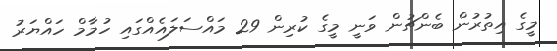
މީގެ އިތުރުން ބެންޗުން ވަނީ މީގެ ކުރިން 29 މައްސަލައެއްގައި ހުމާމް ހައްޔަރު